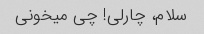
سلام، چارلی! چی میخونی